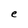
Character: e